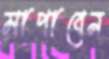
মাপাবেন